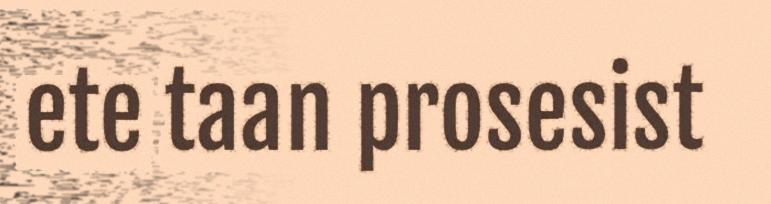
ete taan prosesist